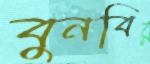
বুনবি